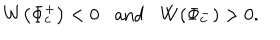
LaTeX: W \! \left( \Phi _ { c } ^ { + } \right) < 0 \mathrm { a n d } W \! \left( \Phi _ { c } ^ { - } \right) > 0 .